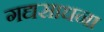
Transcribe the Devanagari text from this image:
गद्यसाधना